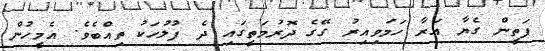
ފަތީން ގެޔާ އަރާ ހަމަވިއިރު ގޭގެ ދޮރުމަތީގައި ދެ ފުލުހަކު ތިއްބެވެ. އެމީހުން